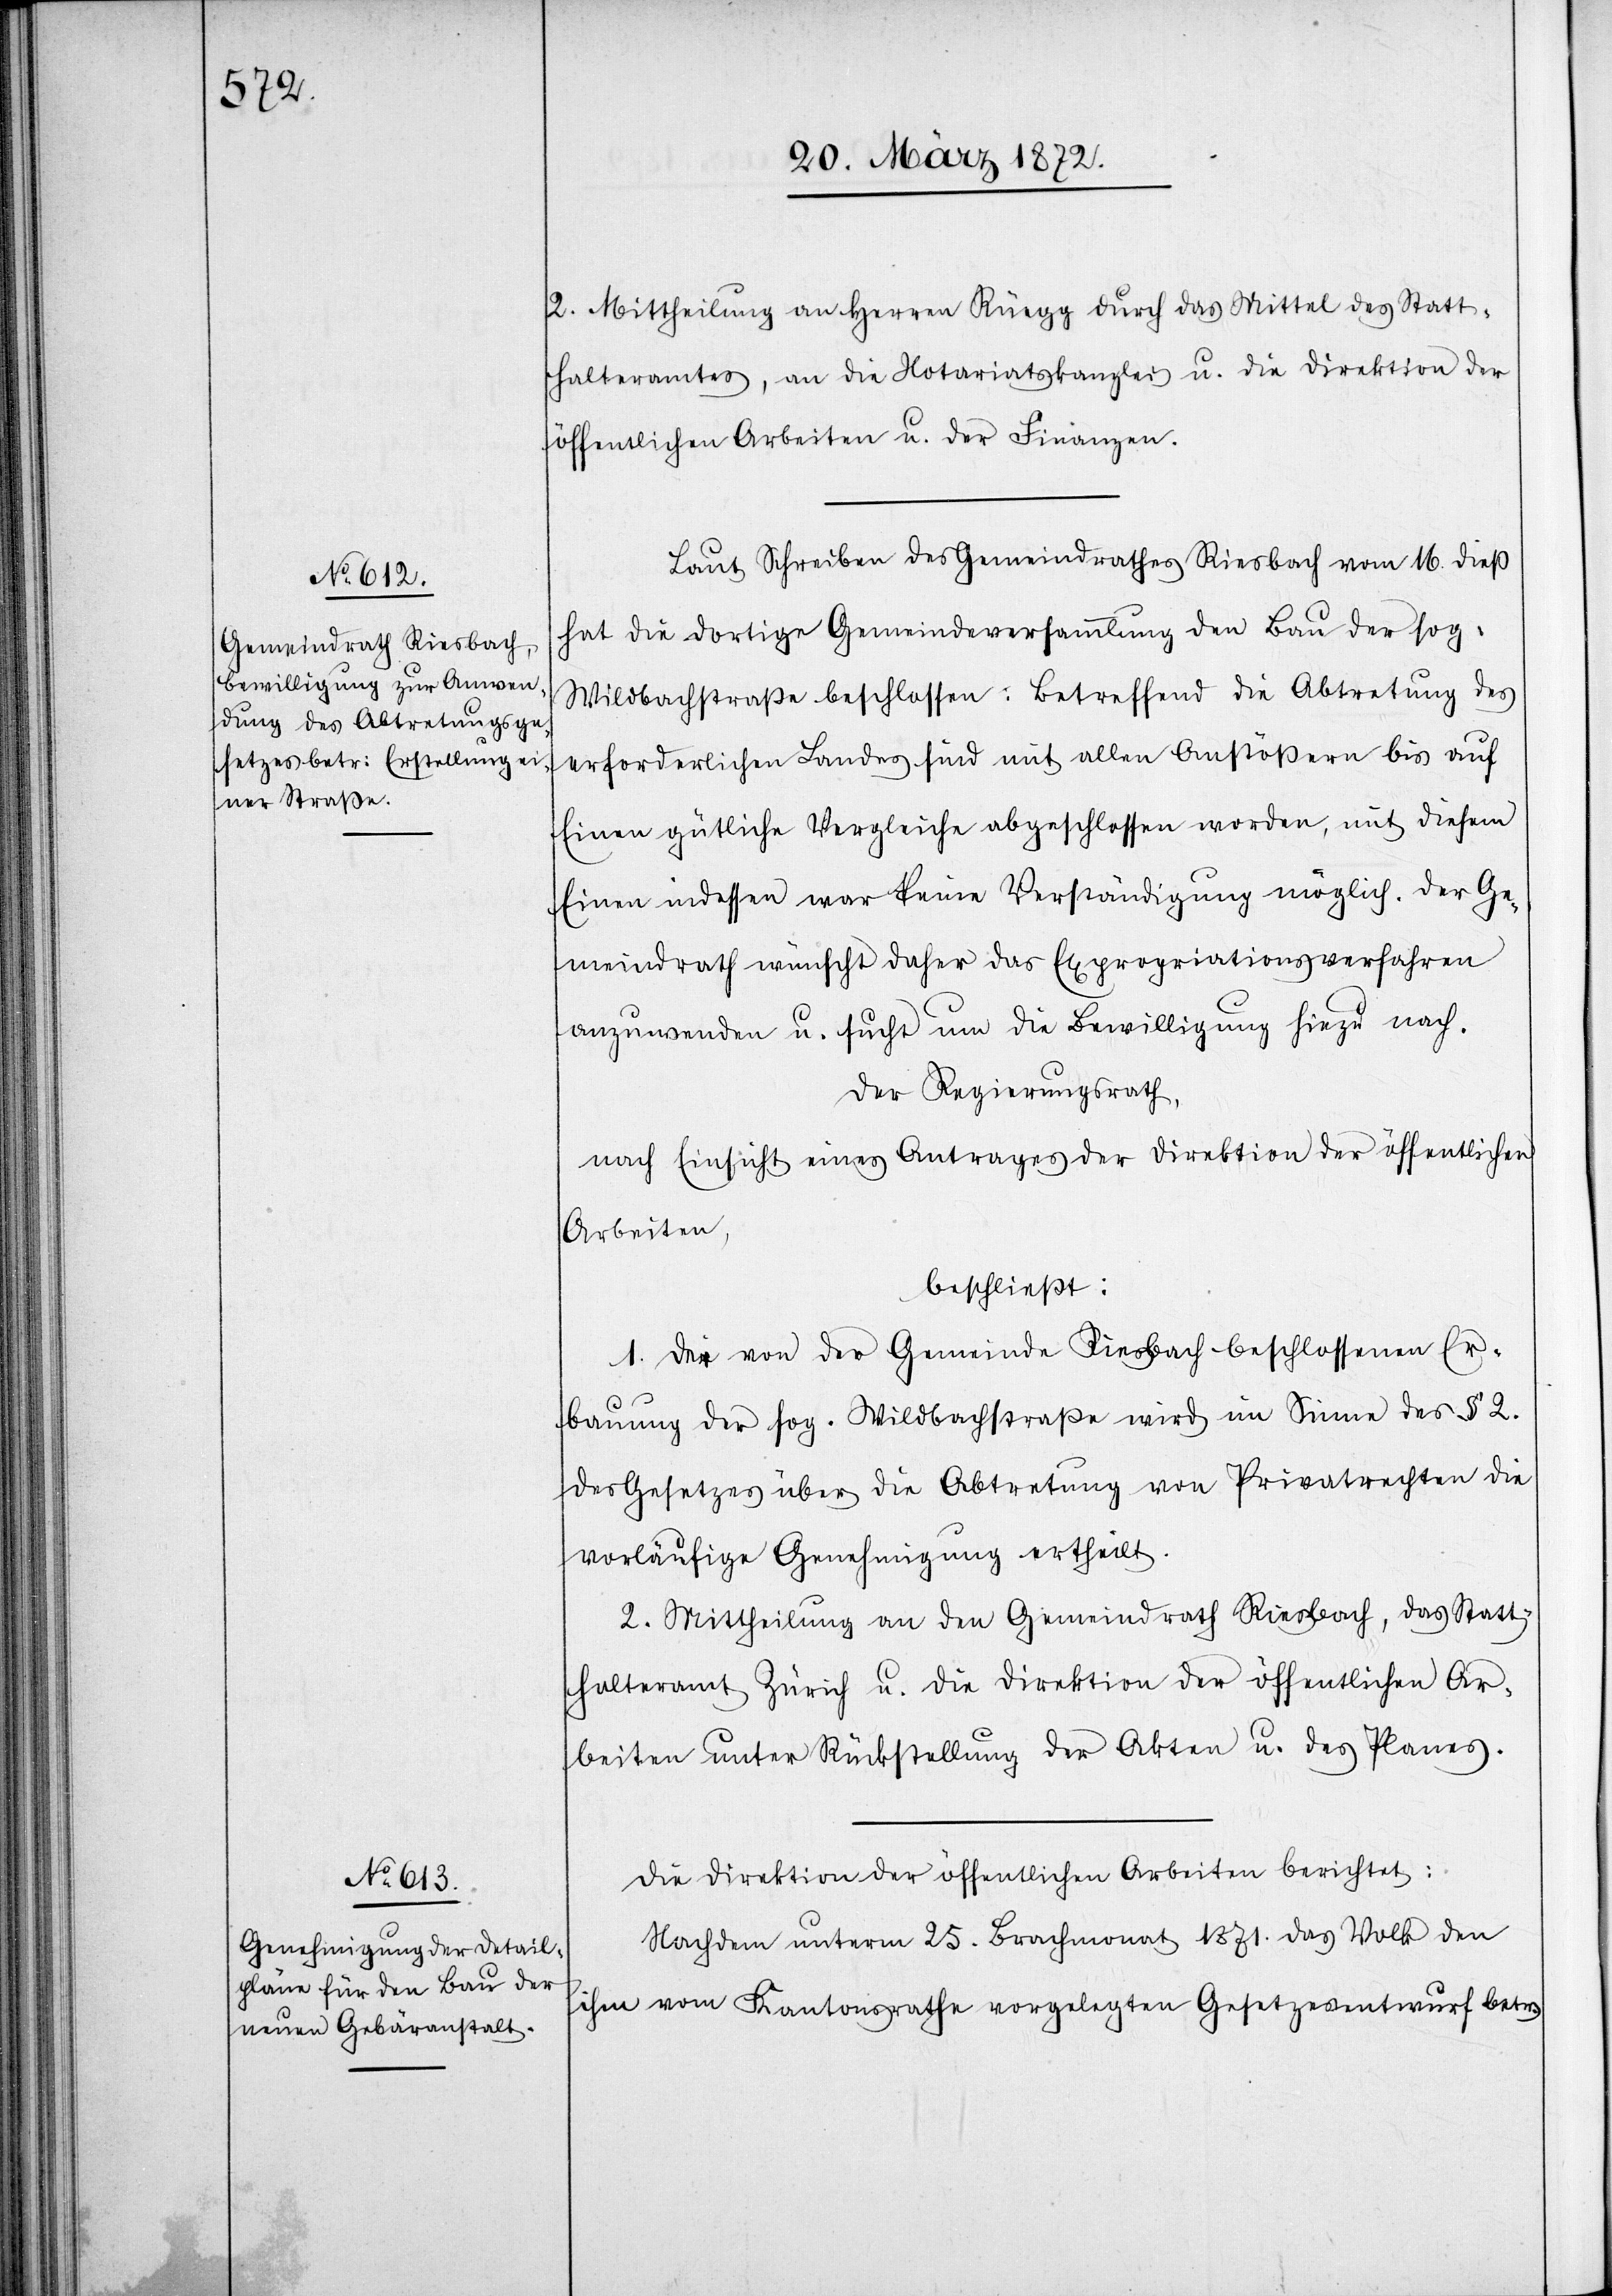
2. Mittheilung an Herren Rüegg durch das Mittel des Statt¬
halteramtes, an die Notariatskanzlei u. die Direktion der
öffentlichen Arbeiten u. der Finanzen.
Laut Schreiben des Gemeindrathes Riesbach vom 16. dieß
hat die dortige Gemeindeversammlung den Bau der sog:
Wildbachstraße beschlossen: Betreffend die Abtretung des
erforderlichen Landes sind mit allen Anstößern bis auf
Einen gütliche Vergleiche abgeschlossen worden, mit diesem
Einen indessen war keine Verständigung möglich. Der Ge¬
meindrath wünscht daher das Expropriationsverfahren
anzuwenden u. sucht um die Bewilligung hiezu nach.
Der Regierungsrath,
nach Einsicht eines Antrages der Direktion der öffentlichen
Arbeiten,
beschließt:
1. Der von der Gemeinde Riesbach beschlossenen Er¬
bauung der sog. Wildbachstraße wird im Sinne des § 2.
des Gesetzes über die Abtretung von Privatrechten die
vorläufige Genehmigung ertheilt.
2. Mittheilung an den Gemeindrath Riesbach, das Statt¬
halteramt Zürich u. die Direktion der öffentlichen Ar¬
beiten unter Rückstellung der Akten u. des Planes.
Die Direktion der öffentlichen Arbeiten berichtet:
Nachdem unterm 25. Brachmonat 1871. das Volk den
ihm vom Kantonsrathe vorgelegten Gesetzesentwurf betr.